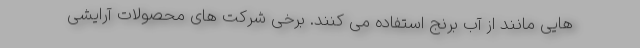
هایی مانند از آب برنج استفاده می کنند. برخی شرکت های محصولات آرایشی